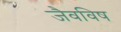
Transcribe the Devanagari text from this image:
जैवविष